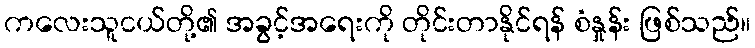
ကလေးသူငယ်တို့၏ အခွင့်အရေးကို တိုင်းတာနိုင်ရန် စံနှုန်း ဖြစ်သည်။